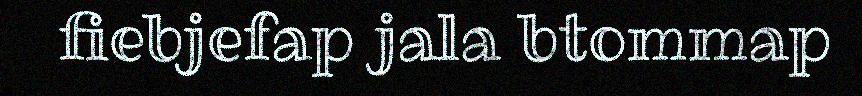
fiebjefap jala btommap